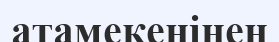
атамекенінен